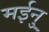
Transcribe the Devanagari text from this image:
मईनु